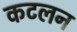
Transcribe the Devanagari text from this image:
कटलन